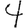
Digit: 4